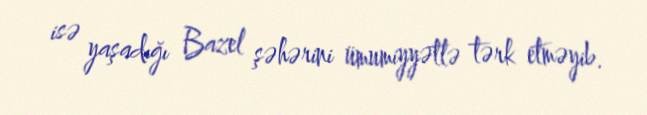
isə yaşadığı Bazel şəhərini ümumiyyətlə tərk etməyib.